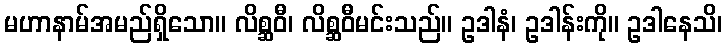
မဟာနာမ်အမည်ရှိသော။ လိစ္ဆဝီ၊ လိစ္ဆဝီမင်းသည်။ ဥဒါနံ၊ ဥဒါန်းကို။ ဥဒါနေသိ၊